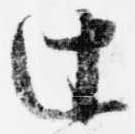
辻